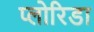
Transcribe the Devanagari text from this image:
प्लोरिडा